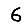
Digit: 6